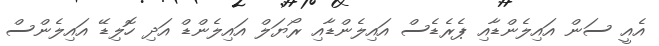
އެއީ ސަން އައިލެންޑާއި ޕެރެޑެސް އައިލެންޑާއި ރޯޔަލް އައިލެންޑް އަދި ހޮލިޑޭ އައިލެންސް